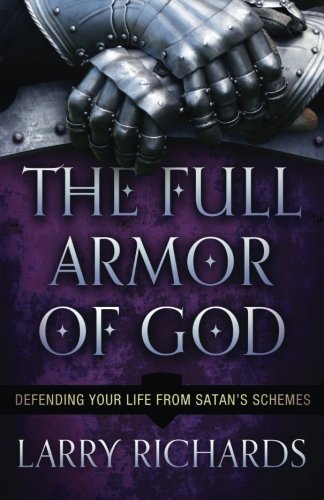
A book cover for The Full Armor of God: Defending Your Life From Satan's Schemes; Larry Richards; Christian Books & Bibles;